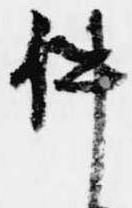
件